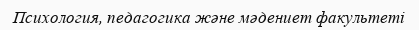
Психология, педагогика және мәдениет факультеті